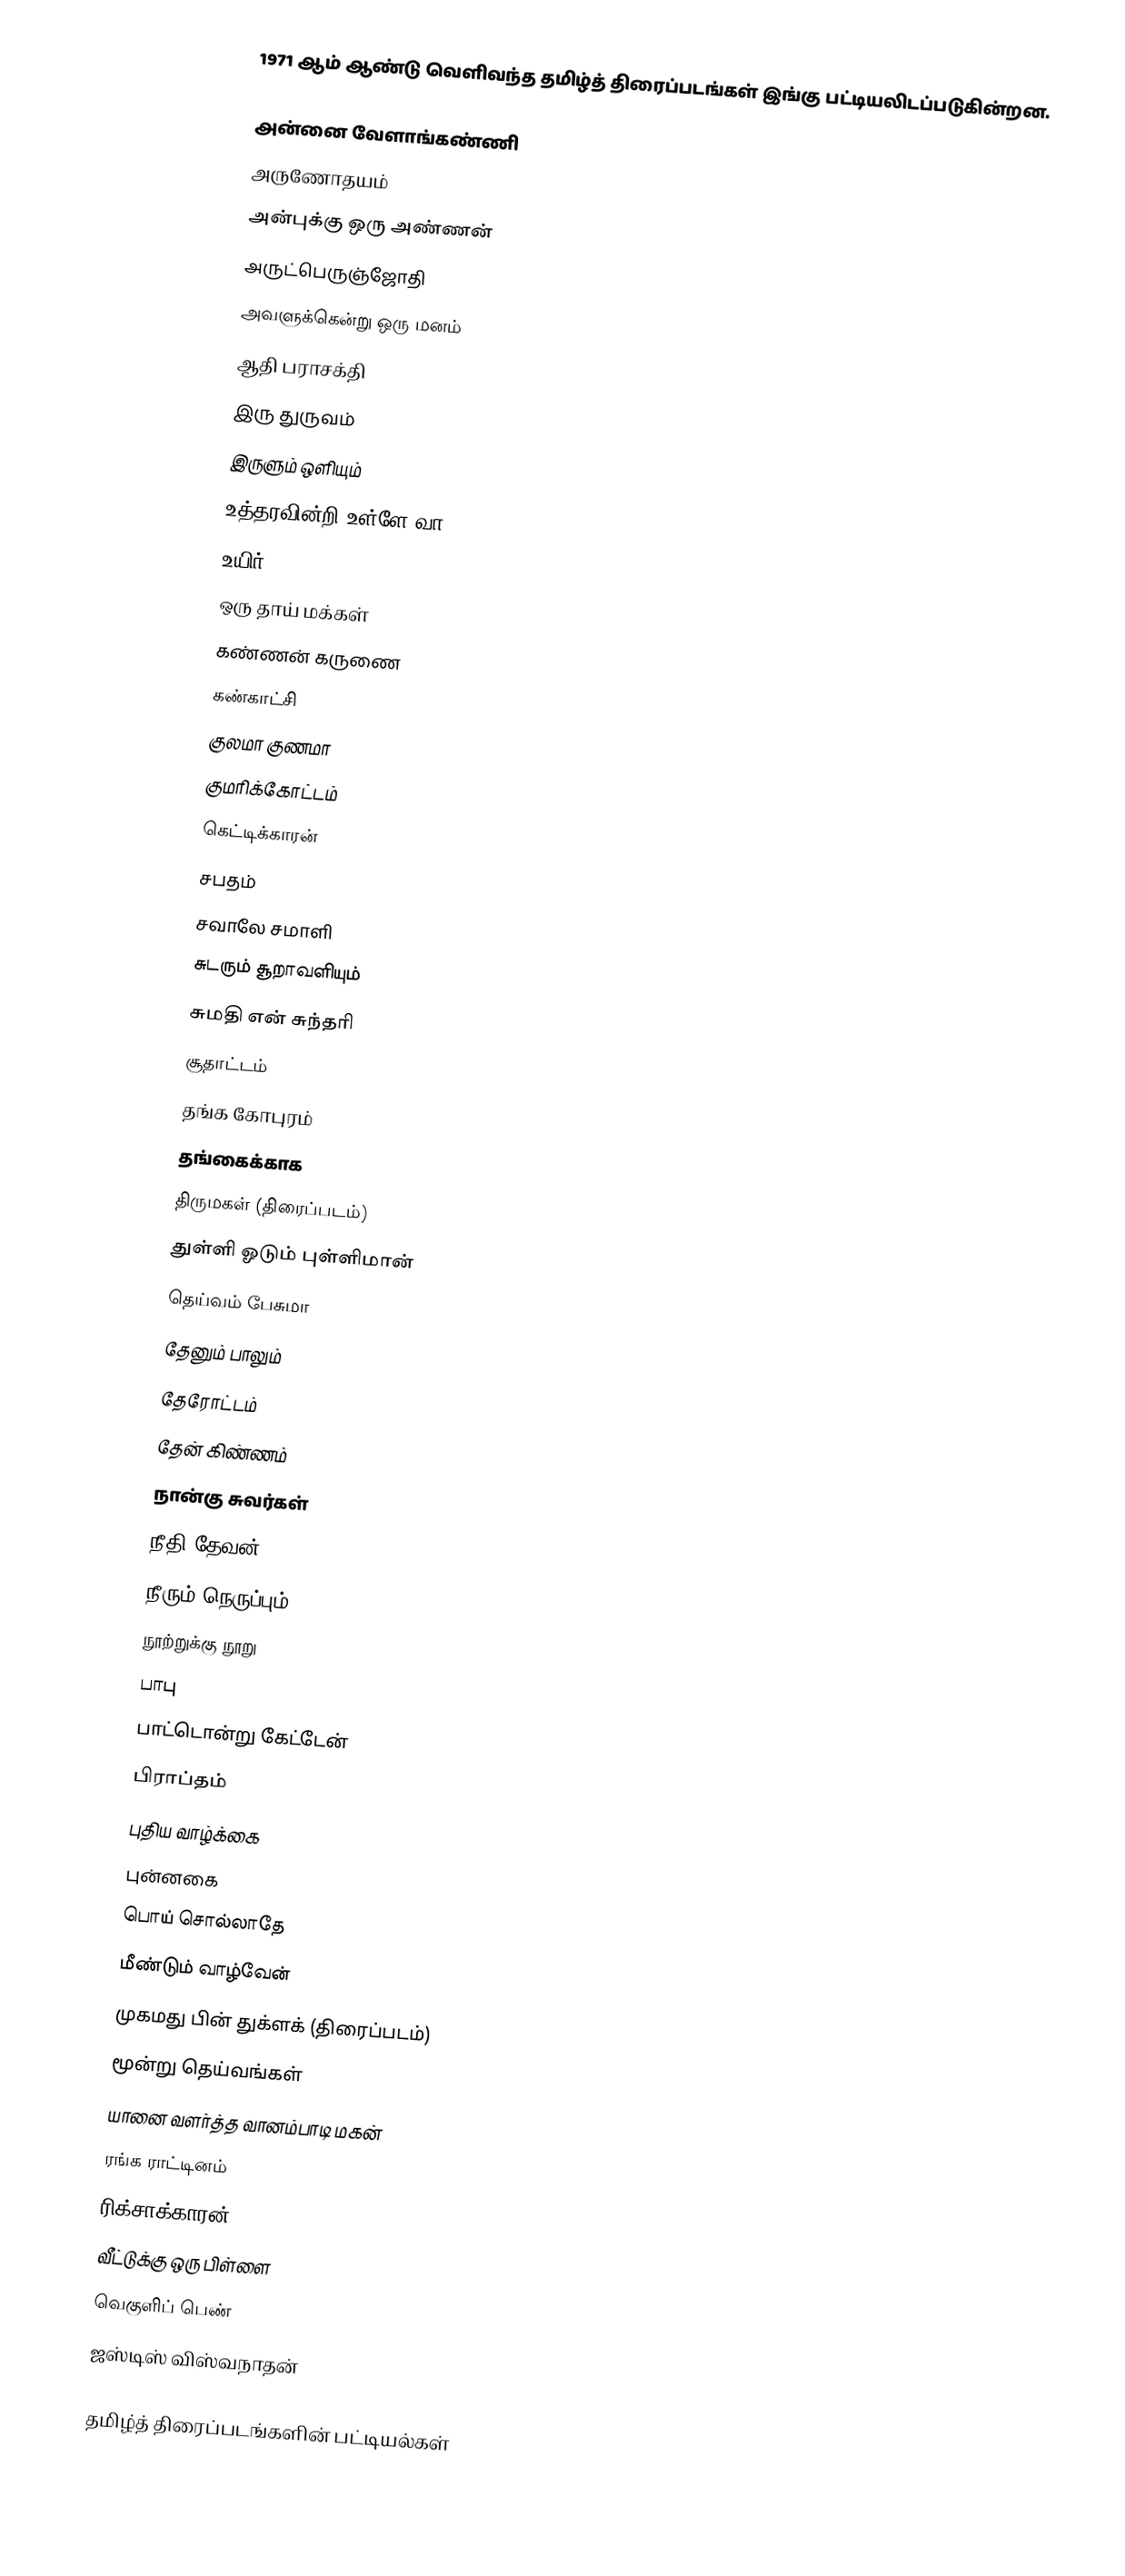
1971 ஆம் ஆண்டு வெளிவந்த தமிழ்த் திரைப்படங்கள் இங்கு பட்டியலிடப்படுகின்றன.

அன்னை வேளாங்கண்ணி
அருணோதயம்
அன்புக்கு ஒரு அண்ணன்
அருட்பெருஞ்ஜோதி
அவளுக்கென்று ஒரு மனம்
ஆதி பராசக்தி
இரு துருவம்
இருளும் ஒளியும்
உத்தரவின்றி உள்ளே வா
உயிர்
ஒரு தாய் மக்கள்
கண்ணன் கருணை
கண்காட்சி
குலமா குணமா
குமரிக்கோட்டம்
கெட்டிக்காரன்
சபதம்
சவாலே சமாளி
சுடரும் சூறாவளியும்
சுமதி என் சுந்தரி
சூதாட்டம்
தங்க கோபுரம்
தங்கைக்காக
திருமகள் (திரைப்படம்)
துள்ளி ஓடும் புள்ளிமான்
தெய்வம் பேசுமா
தேனும் பாலும்
தேரோட்டம்
தேன் கிண்ணம்
நான்கு சுவர்கள்
நீதி தேவன்
நீரும் நெருப்பும்
நூற்றுக்கு நூறு
பாபு
பாட்டொன்று கேட்டேன்
பிராப்தம்
புதிய வாழ்க்கை
புன்னகை
பொய் சொல்லாதே
மீண்டும் வாழ்வேன்
முகமது பின் துக்ளக் (திரைப்படம்)
மூன்று தெய்வங்கள்
யானை வளர்த்த வானம்பாடி மகன்
ரங்க ராட்டினம்
ரிக்சாக்காரன்
வீட்டுக்கு ஒரு பிள்ளை
வெகுளிப் பெண்
ஜஸ்டிஸ் விஸ்வநாதன்

தமிழ்த் திரைப்படங்களின் பட்டியல்கள்